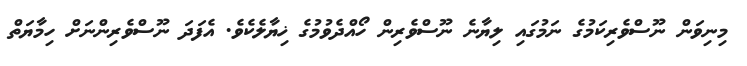
މިނިވަން ނޫސްވެރިކަމުގެ ނަމުގައި ލިޔާނެ ނޫސްވެރިން ހޯއްދެވުމުގެ ޚިޔާލެކެވެ. އެފަދަ ނޫސްވެރިންނަށް ހިމާޔަތް